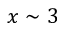
x \sim 3